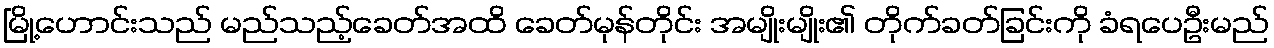
မြို့ဟောင်းသည် မည်သည့်ခေတ်အထိ ခေတ်မုန်တိုင်း အမျိုးမျိုး၏ တိုက်ခတ်ခြင်းကို ခံရပေဦးမည်